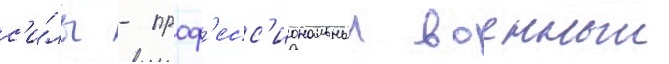
с'и́лы - проф'есс'иональныи военныи